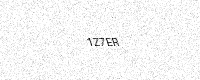
Text: 1Z7ER